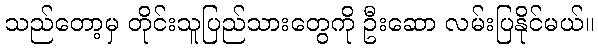
သည်တော့မှ တိုင်းသူပြည်သားတွေကို ဦးဆော လမ်းပြနိုင်မယ်။